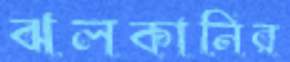
ঝলকানির